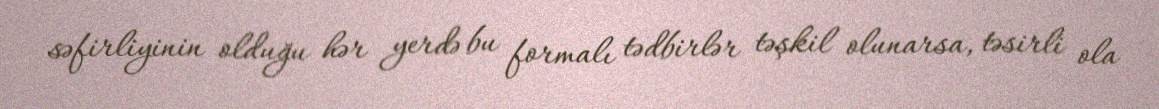
səfirliyinin olduğu hər yerdə bu formalı tədbirlər təşkil olunarsa, təsirli ola